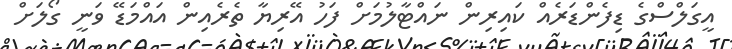
އީގަލްސްގެ ޑިފެންޑަރެއް ކައިރިން ނައްޓާލުމަށް ފަހު އޭރިޔާ ތެރެއިން އައްމަޑޭ ވަނީ ގޯލަށް